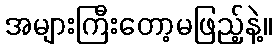
အများကြီးတော့မဖြည့်နဲ့။